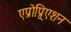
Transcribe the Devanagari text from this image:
एप्रोप्र्रिएशन